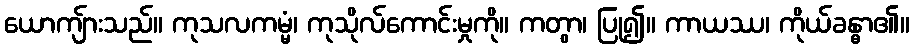
ယောကျ်ားသည်။ ကုသလကမ္မံ၊ ကုသိုလ်ကောင်းမှုကို။ ကတွာ၊ ပြု၍။ ကာယဿ၊ ကိုယ်ခန္ဓာ၏။